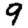
Digit: 9